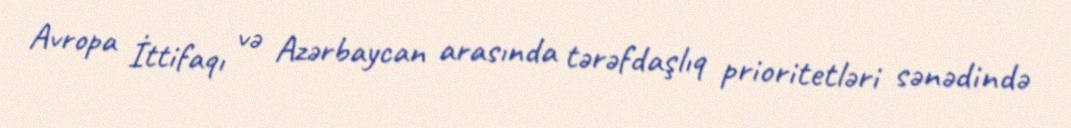
Avropa İttifaqı və Azərbaycan arasında tərəfdaşlıq prioritetləri sənədində